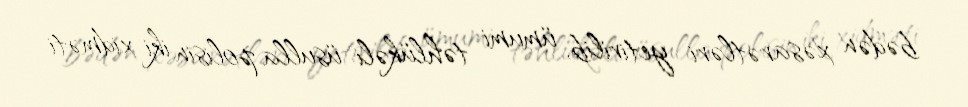
bədən xəsarətləri yetirilib, ümumi təhlükəli üsulla polisin iki xidməti